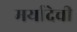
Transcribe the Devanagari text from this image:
मर्यादेची